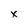
Character: X